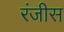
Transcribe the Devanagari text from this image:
रंजीस